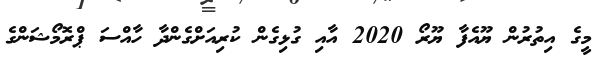
މީގެ އިތުރުން ޔޫއެފާ ޔޫރޯ 2020 އާއި ގުޅިގެން ކުރިއަށްގެންދާ ހާއްސަ ޕްރޮމޯޝަންގެ